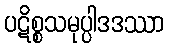
ပဋိစ္စသမုပ္ပါဒဒဿာ